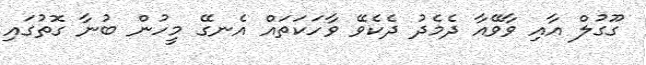
ގޫގުލް އާއި ވާވޭއާ ދެމެދު ދެކެވޭ ވާހަކަތައް އެނގޭ މީހުން ބުނާ ގޮތުގައި